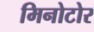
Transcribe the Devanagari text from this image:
मिनोटोर